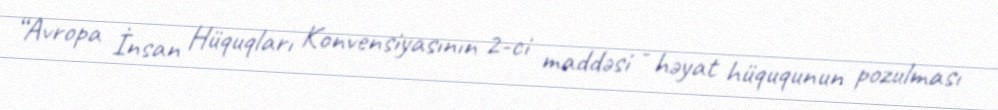
“Avropa İnsan Hüquqları Konvensiyasının 2-ci maddəsi - həyat hüququnun pozulması